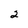
Character: 2